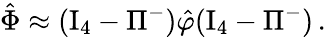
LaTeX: \hat{\Phi}\approx(\mathrm{I}_{4}-\Pi^{-})\hat{\varphi}(\mathrm{I}_{4}-\Pi^{-})\, .